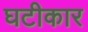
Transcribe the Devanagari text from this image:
घटीकार